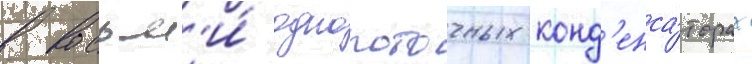
в восьм'и́ однопоточных конд'енса́торах